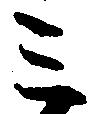
三